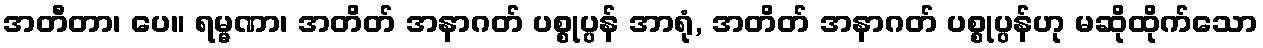
အတီတာ၊ ပေ။ ရမ္မဏာ၊ အတိတ် အနာဂတ် ပစ္စုပ္ပန် အာရုံ, အတိတ် အနာဂတ် ပစ္စုပ္ပန်ဟု မဆိုထိုက်သော